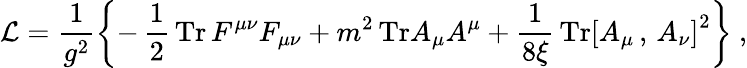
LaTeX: {\cal L}=\frac{1}{g^{2}}\left\{ -\, \frac{1}{2}\, \mathrm{Tr}\, F^{\mu\nu}F_{\mu\nu}+m^{2}\, \mathrm{Tr}A_{\mu}A^{\mu}+\frac{1}{8\xi}\, \mathrm{Tr}\left[A_{\mu}\, ,\, A_{\nu}\right]^{2}\right\} \ ,